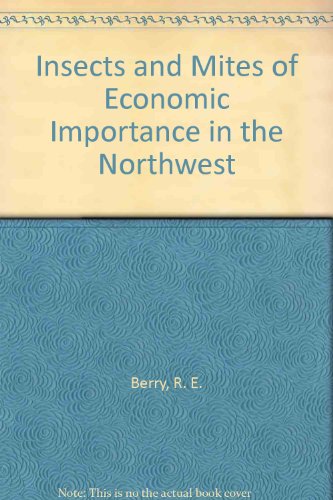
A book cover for Insects and Mites of Economic Importance in the Northwest; R. E. Berry; Sports & Outdoors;